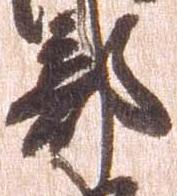
部